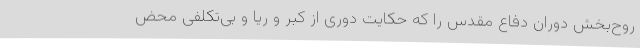
روح‌بخش دوران دفاع مقدس را که حکایت دوری از کبر و ریا و بی‌تکلفی محض